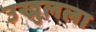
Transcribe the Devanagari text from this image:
उख्रुलला